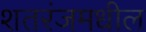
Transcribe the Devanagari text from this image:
शतरंजमधील